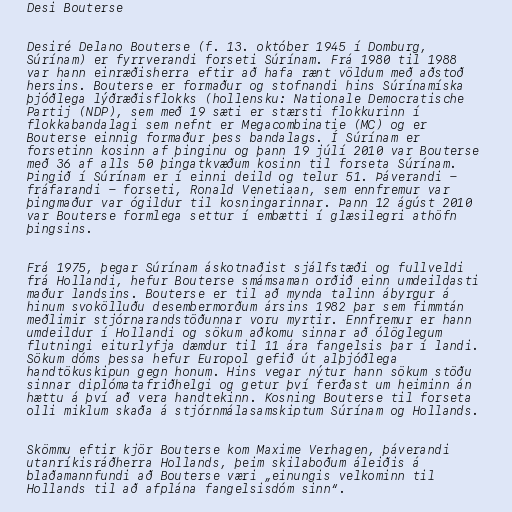
Desi Bouterse

Desiré Delano Bouterse (f. 13. október 1945 í Domburg,
Súrínam) er fyrrverandi forseti Súrínam. Frá 1980 til 1988
var hann einræðisherra eftir að hafa rænt völdum með aðstoð
hersins. Bouterse er formaður og stofnandi hins Súrínamíska
þjóðlega lýðræðisflokks (hollensku: Nationale Democratische
Partij (NDP), sem með 19 sæti er stærsti flokkurinn í
flokkabandalagi sem nefnt er Megacombinatie (MC) og er
Bouterse einnig formaður þess bandalags. Í Súrínam er
forsetinn kosinn af þinginu og þann 19 júlí 2010 var Bouterse
með 36 af alls 50 þingatkvæðum kosinn til forseta Súrínam.
Þingið í Súrínam er í einni deild og telur 51. Þáverandi -
fráfarandi - forseti, Ronald Venetiaan, sem ennfremur var
þingmaður var ógildur til kosningarinnar. Þann 12 ágúst 2010
var Bouterse formlega settur í embætti í glæsilegri athöfn
þingsins.

Frá 1975, þegar Súrínam áskotnaðist sjálfstæði og fullveldi
frá Hollandi, hefur Bouterse smámsaman orðið einn umdeildasti
maður landsins. Bouterse er til að mynda talinn ábyrgur á
hinum svokölluðu desembermorðum ársins 1982 þar sem fimmtán
meðlimir stjórnarandstöðunnar voru myrtir. Ennfremur er hann
umdeildur í Hollandi og sökum aðkomu sinnar að ólöglegum
flutningi eiturlyfja dæmdur til 11 ára fangelsis þar í landi.
Sökum dóms þessa hefur Europol gefið út alþjóðlega
handtökuskipun gegn honum. Hins vegar nýtur hann sökum stöðu
sinnar diplómatafriðhelgi og getur því ferðast um heiminn án
hættu á því að vera handtekinn. Kosning Bouterse til forseta
olli miklum skaða á stjórnmálasamskiptum Súrínam og Hollands.

Skömmu eftir kjör Bouterse kom Maxime Verhagen, þáverandi
utanríkisráðherra Hollands, þeim skilaboðum áleiðis á
blaðamannfundi að Bouterse væri „einungis velkominn til
Hollands til að afplána fangelsisdóm sinn“.